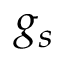
g _ { s }